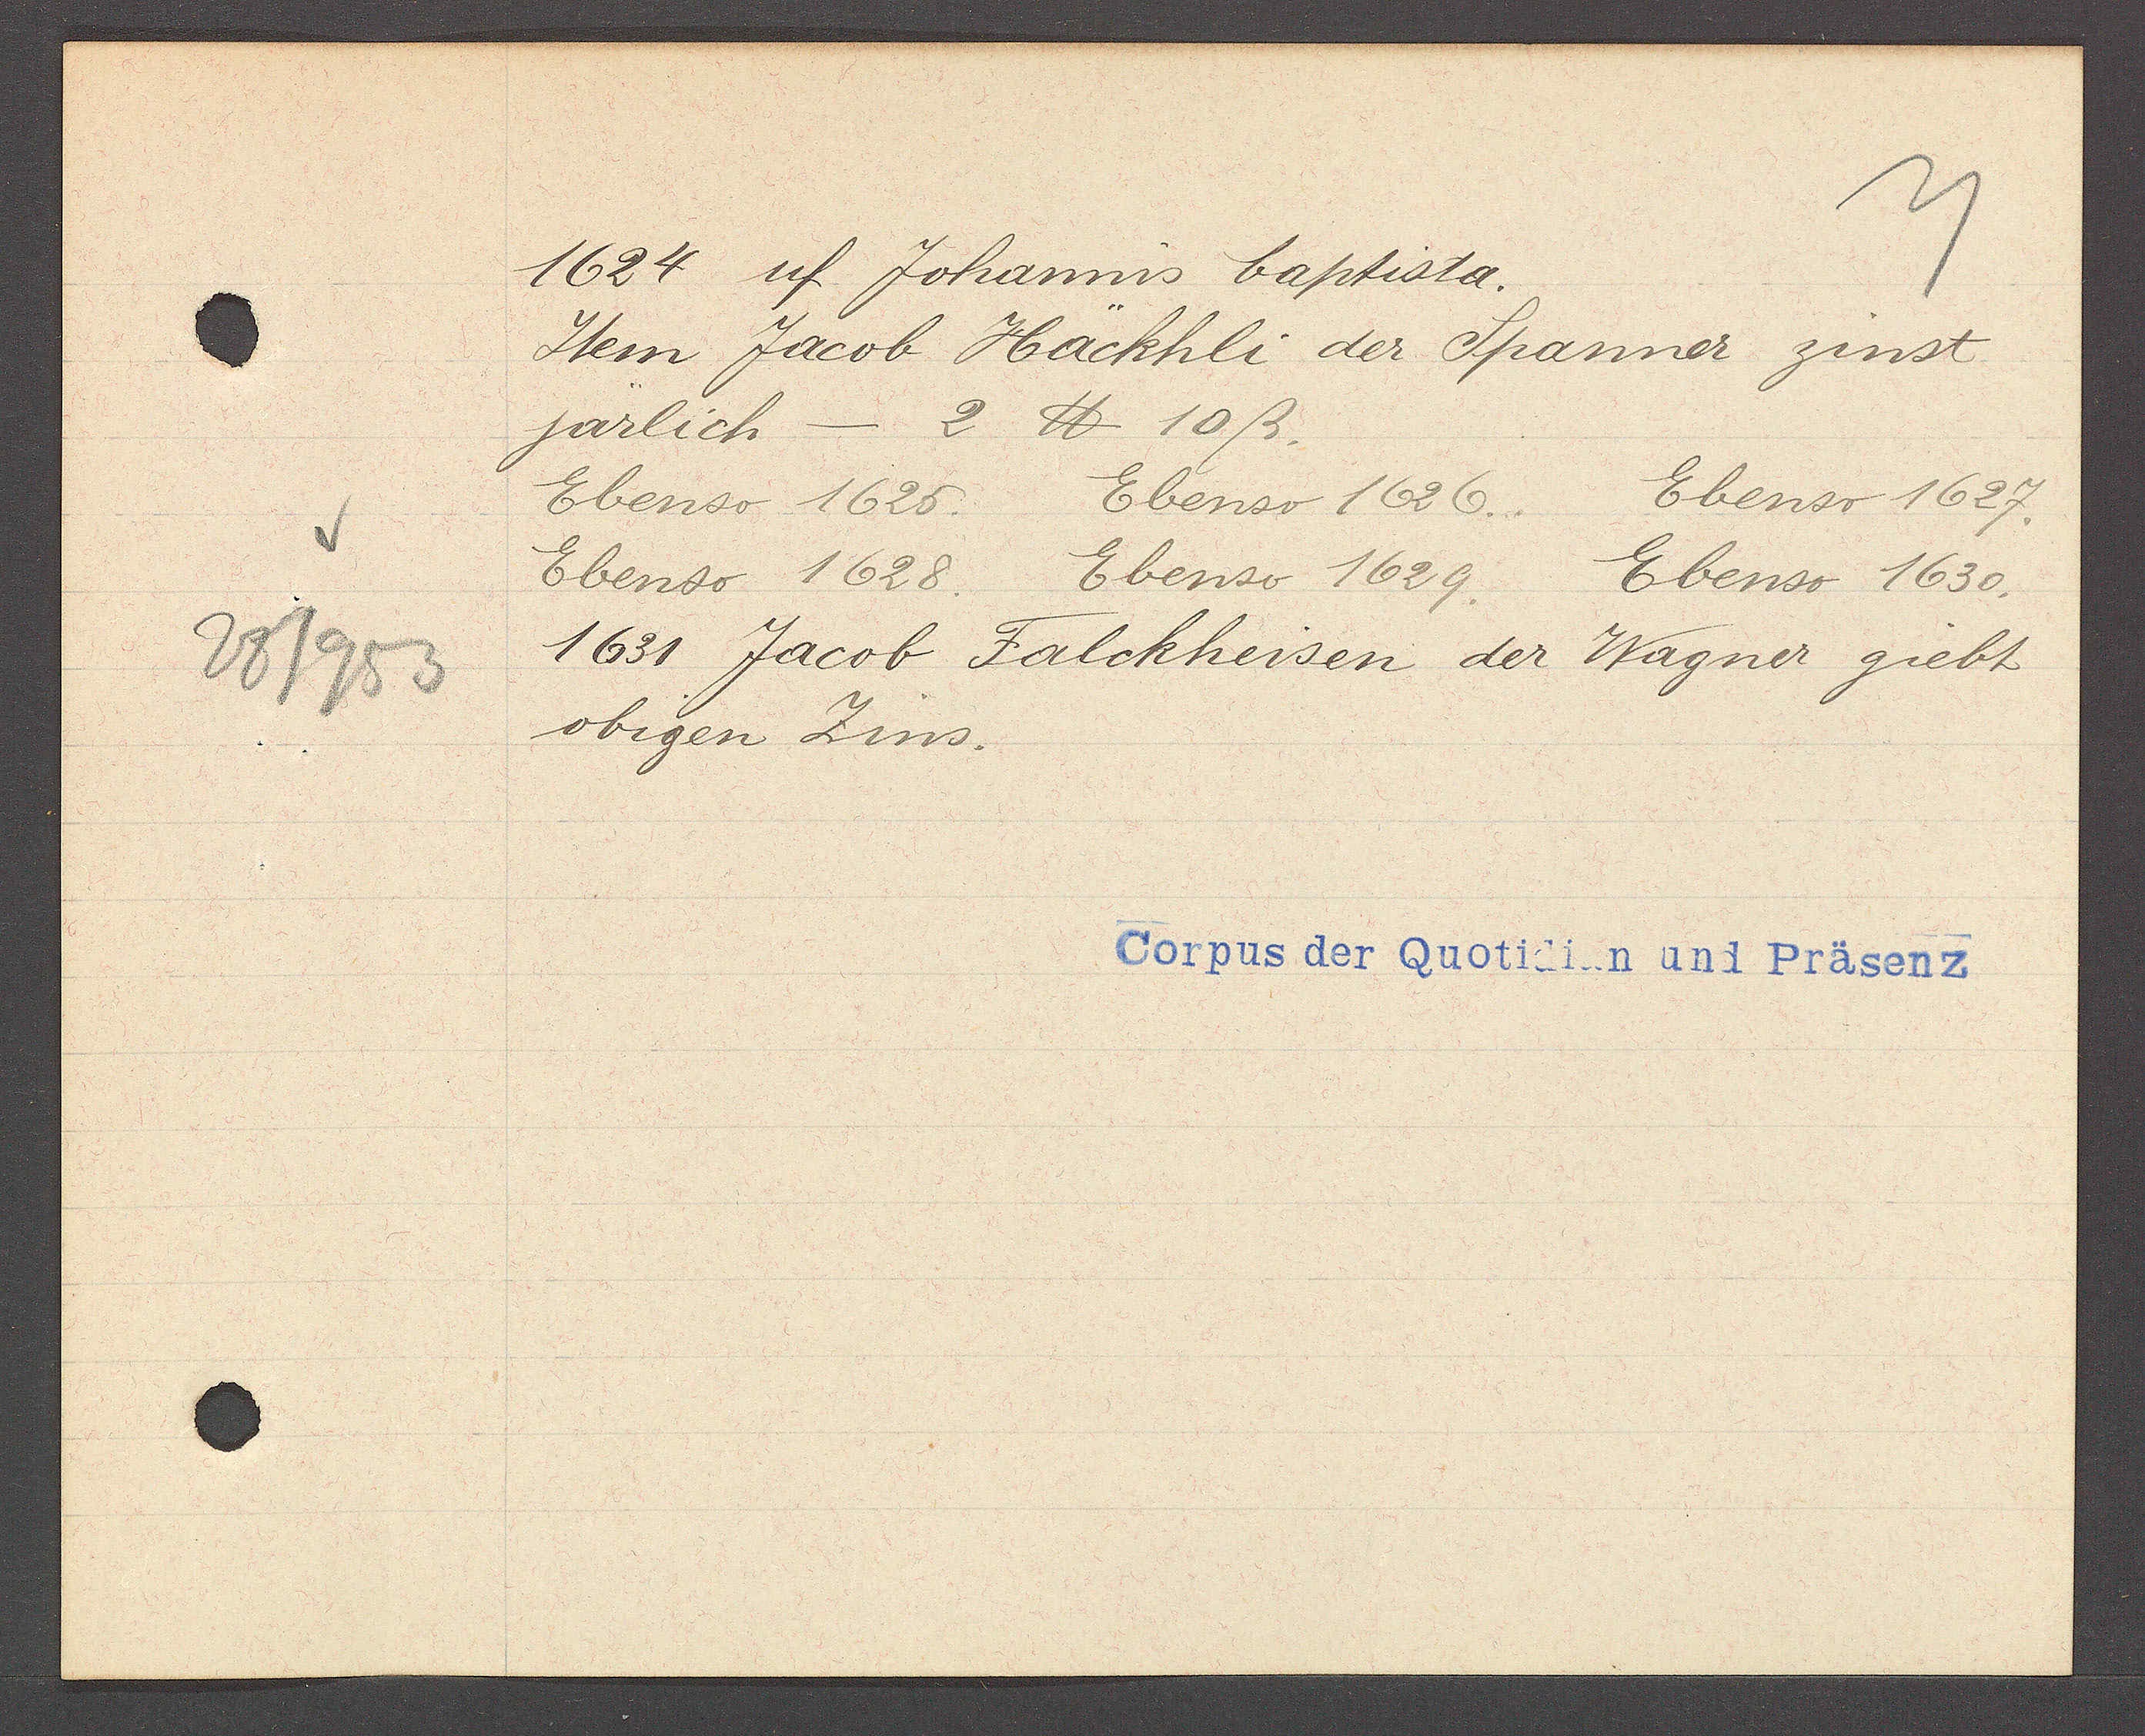
Transcript:
28/953

1624 uf Johannis baptista.

Item Jacob Häckhli der Spanner zinst
järlich - 2 ℔. 10ß.
Ebenso 1625.
Ebenso 1628. Ebenso 1629. Ebenso 1630.
1631 Jacob Falckheisen der Wagner giebt
obigen Zins.
Ebenso 1626.
Ebenso 1627.

Corpus der Quotidian und Präsenz